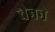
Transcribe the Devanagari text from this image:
चैनने